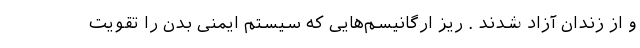
و از زندان آزاد شدند . ریز ارگانیسم‌هایی که سیستم ایمنی بدن را تقویت